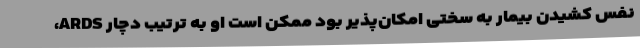
نفس کشیدن بیمار به سختی امکان‌پذیر بود ممکن است او به ترتیب دچار ARDS،